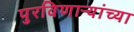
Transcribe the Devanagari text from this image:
पुरविणाऱ्यांच्या